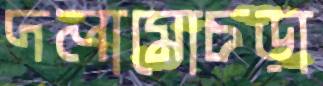
দলামোচড়া